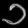
Digit: ၁